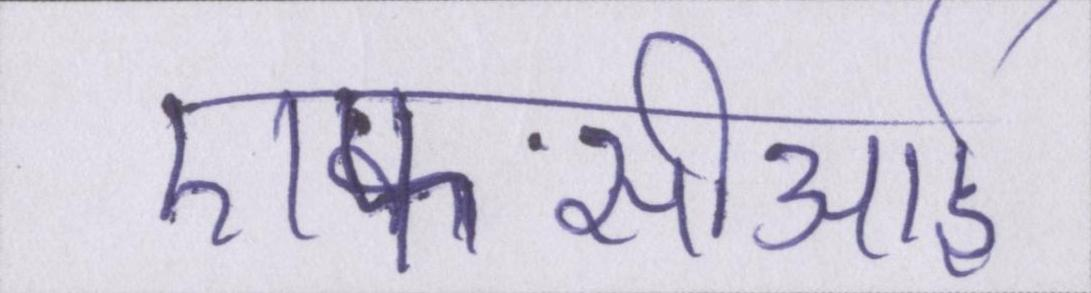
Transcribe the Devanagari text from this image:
एफसीआई